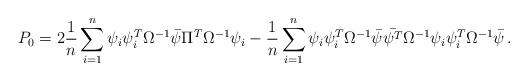
LaTeX: \begin{align*}P_0 = 2 \frac{1}{n}\sum_{i=1}^n \psi_i \psi_i^T\Omega^{-1}\bar{\psi}\Pi^T\Omega^{-1}\psi_i - \frac{1}{n}\sum_{i=1}^n \psi_i \psi_i^T\Omega^{-1}\bar{\psi}\bar{\psi^T}\Omega^{-1}\psi_i \psi_i^T\Omega^{-1}\bar{\psi} \,.\end{align*}